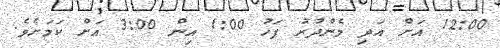
12:00 އަށް އަދި މެންދުރު ފަހު 1:00 އިން 3:00 އަށް ކަމަށެވެ.